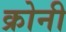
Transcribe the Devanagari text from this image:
क्रोनी